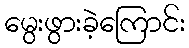
မွေးဖွားခဲ့ကြောင်း